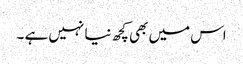
اس میں بھی کچھ نیا نہیں ہے ۔